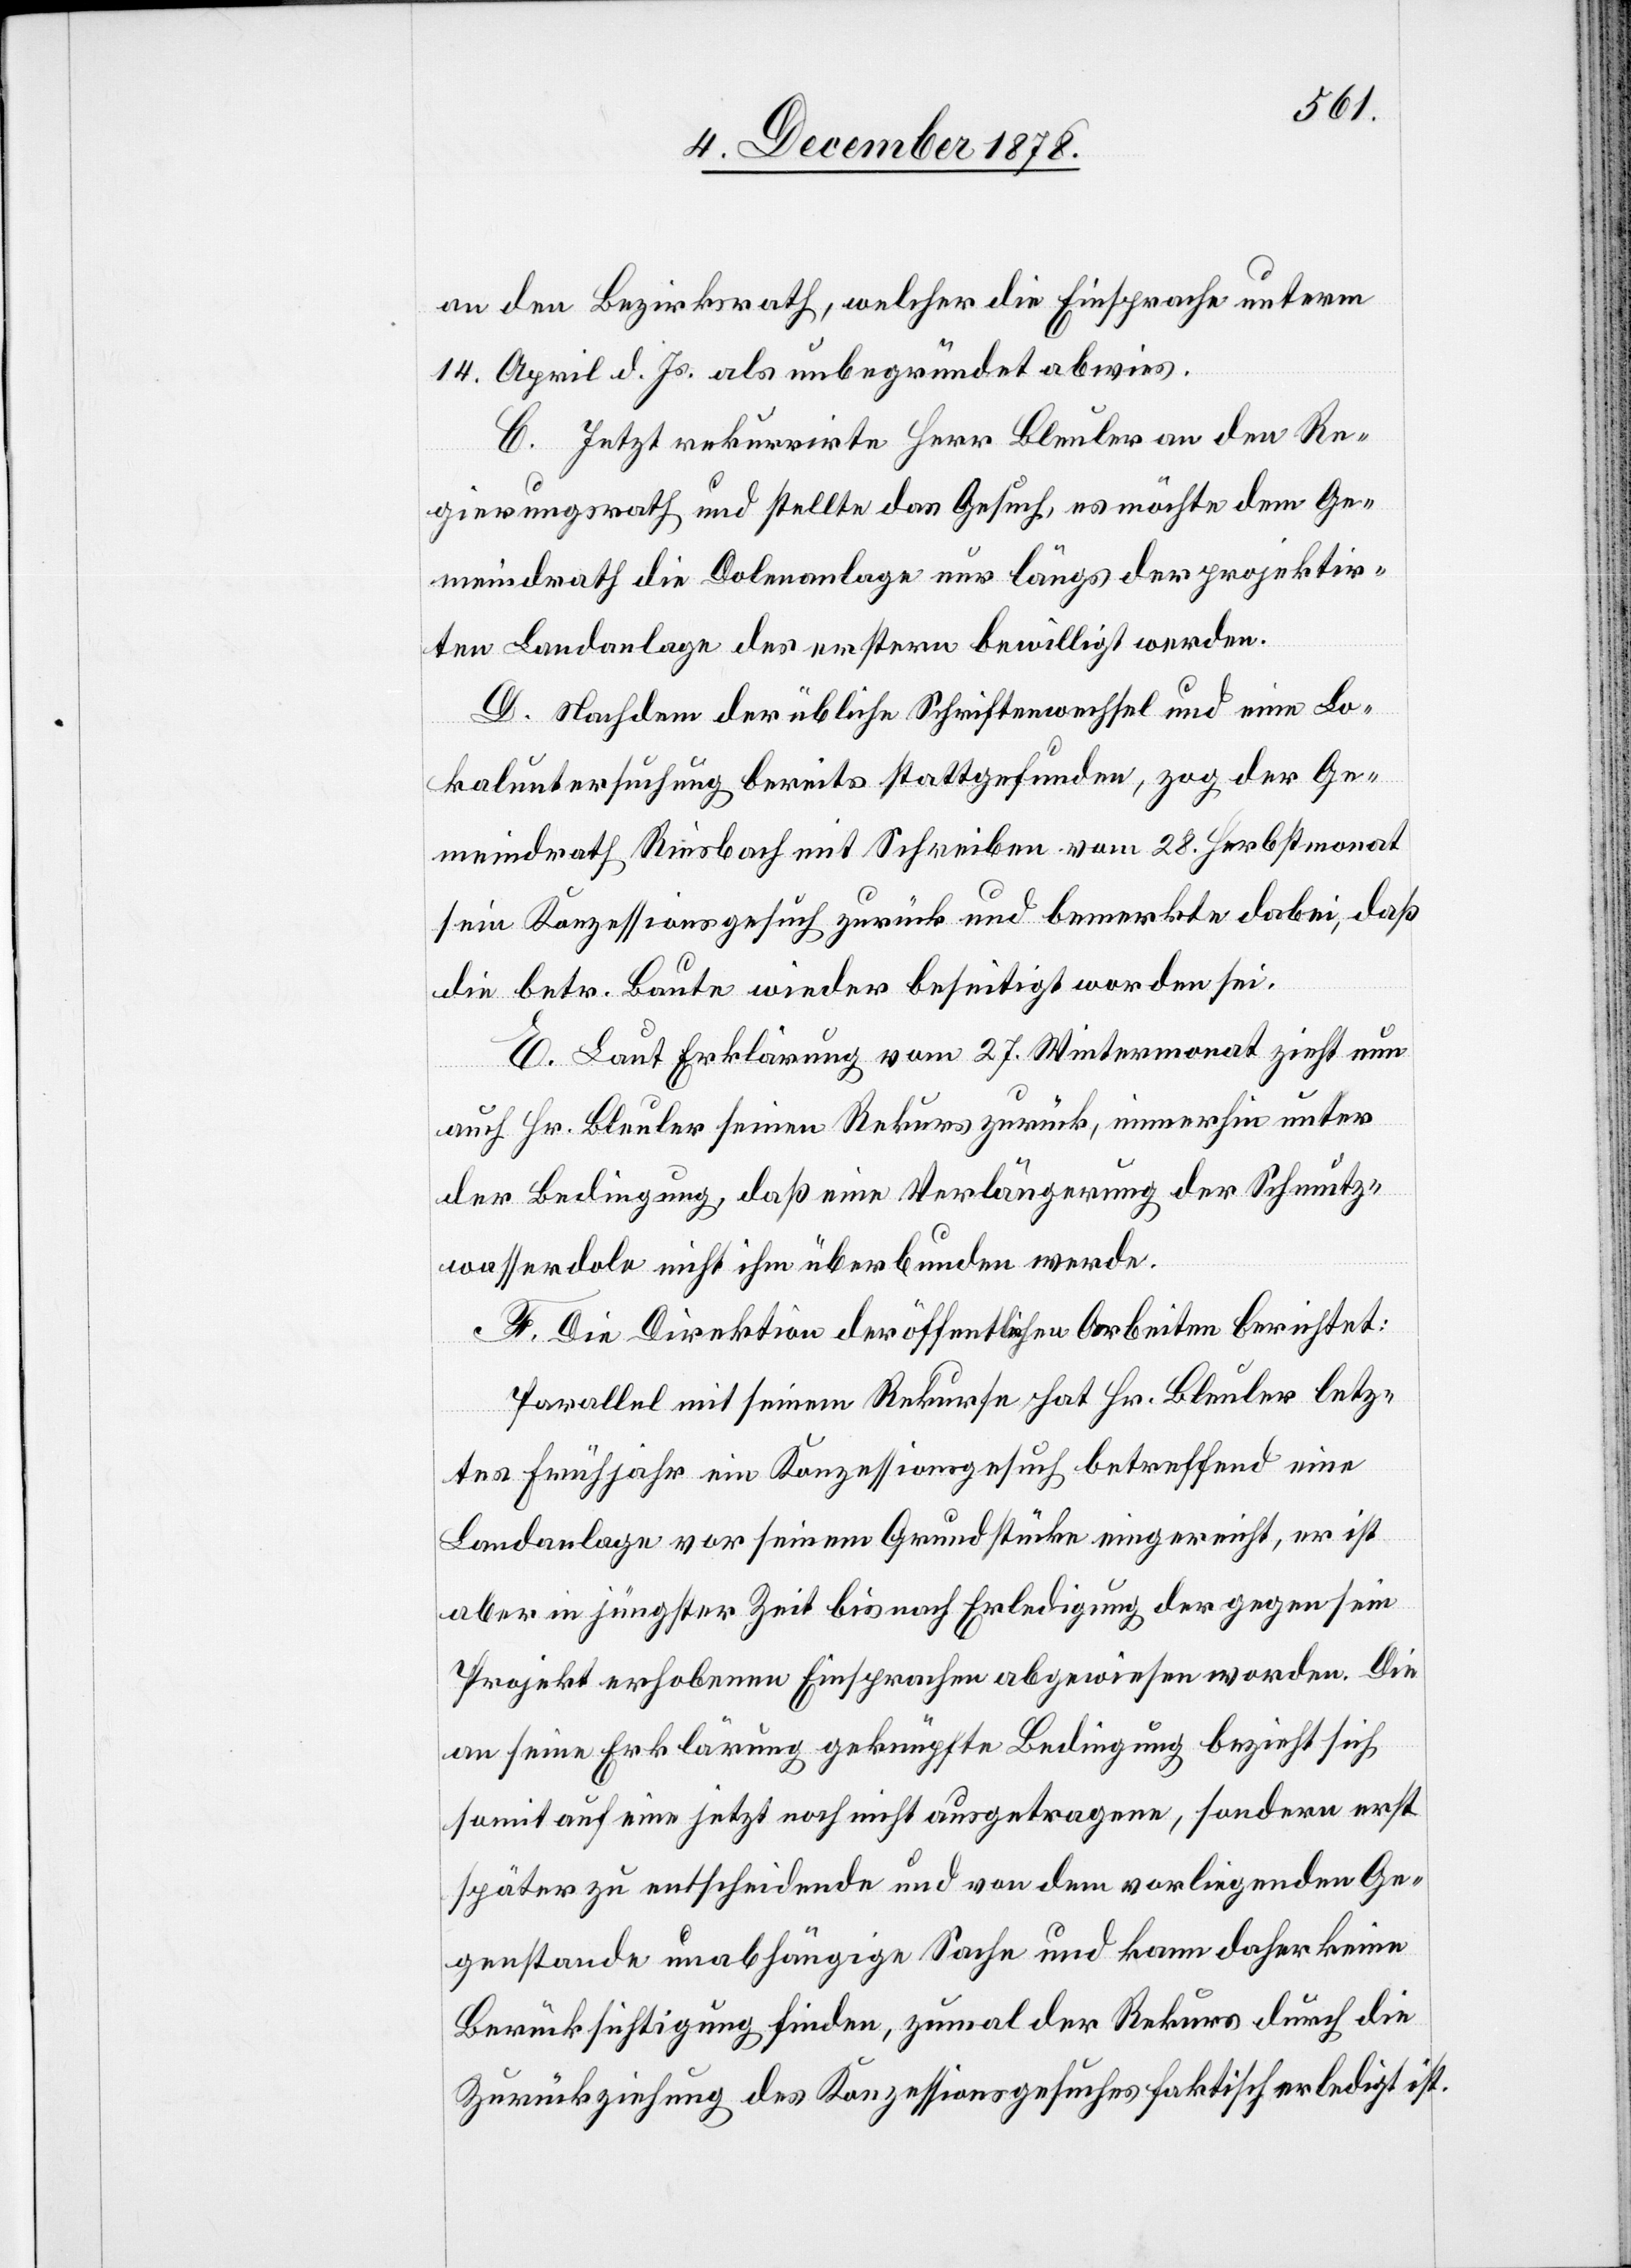
an den Bezirksrath, welcher die Einsprache unterm
14. April d. Js. als unbegründet abwies.
C. Jetzt rekurrirte Herr Bleuler an den Re¬
gierungsrath und stellte das Gesuch, es möchte dem Ge¬
meindrath die Dolenanlage nur längs der projektir¬
ten Landanlage des erstern bewilligt werden.
D. Nachdem der übliche Schriftenwechsel und eine Lo¬
kaluntersuchung bereits stattgefunden, zog der Ge¬
meindrath Riesbach mit Schreiben vom 28. Herbstmonat
sein Konzessionsgesuch zurück und bemerkte dabei, daß
die betr. Baute wieder beseitigt worden sei.
E. Laut Erklärung vom 27. Wintermonat zieht nun
auch Hr. Bleuler seinen Rekurs zurück, immerhin unter
der Bedingung, daß eine Verlängerung der Schmutz¬
wasserdole nicht ihm überbunden werde.
F. Die Direktion der öffentlichen Arbeiten berichtet:
Parallel mit seinem Rekurse hat Hr. Bleuler letz¬
tes Frühjahr ein Konzessionsgesuch betreffend eine
Landanlage vor seinem Grundstücke eingereicht, er ist
aber in jüngster Zeit bis nach Erledigung der gegen sein
Projekt erhobenen Einsprachen abgewiesen worden. Die
an seine Erklärung geknüpfte Bedingung bezieht sich
somit auf eine jetzt noch nicht ausgetragene, sondern erst
später zu entscheidende und von dem vorliegenden Ge¬
genstande unabhängige Sache und kann daher keine
Berücksichtigung finden, zumal der Rekurs durch die
Zurückziehung des Konzessionsgesuches faktisch erledigt ist.